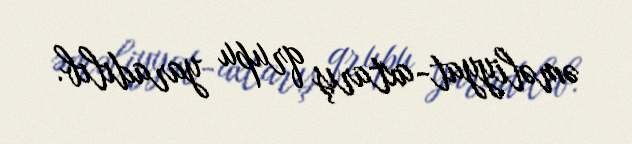
əməliyyat-axtarış qrupu yaradılıb.